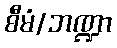
စီမံ/ဘဏ္ဍာ